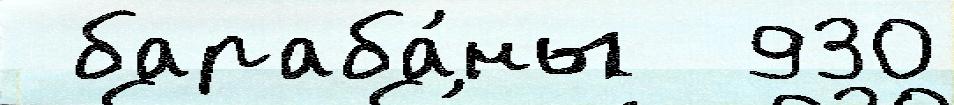
 бараба́ны  930